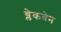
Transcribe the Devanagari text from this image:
ब्लेकवेन